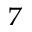
^ { 7 }